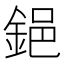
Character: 𨦺